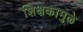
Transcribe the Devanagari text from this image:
शिक्षकामुळे